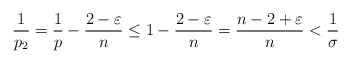
\begin{align*}\frac{1}{p_2}=\frac{1}{p}-\frac{2-\varepsilon}{n}\le 1-\frac{2-\varepsilon}{n}=\frac{n-2+\varepsilon}{n}< \frac{1}{\sigma}\end{align*}